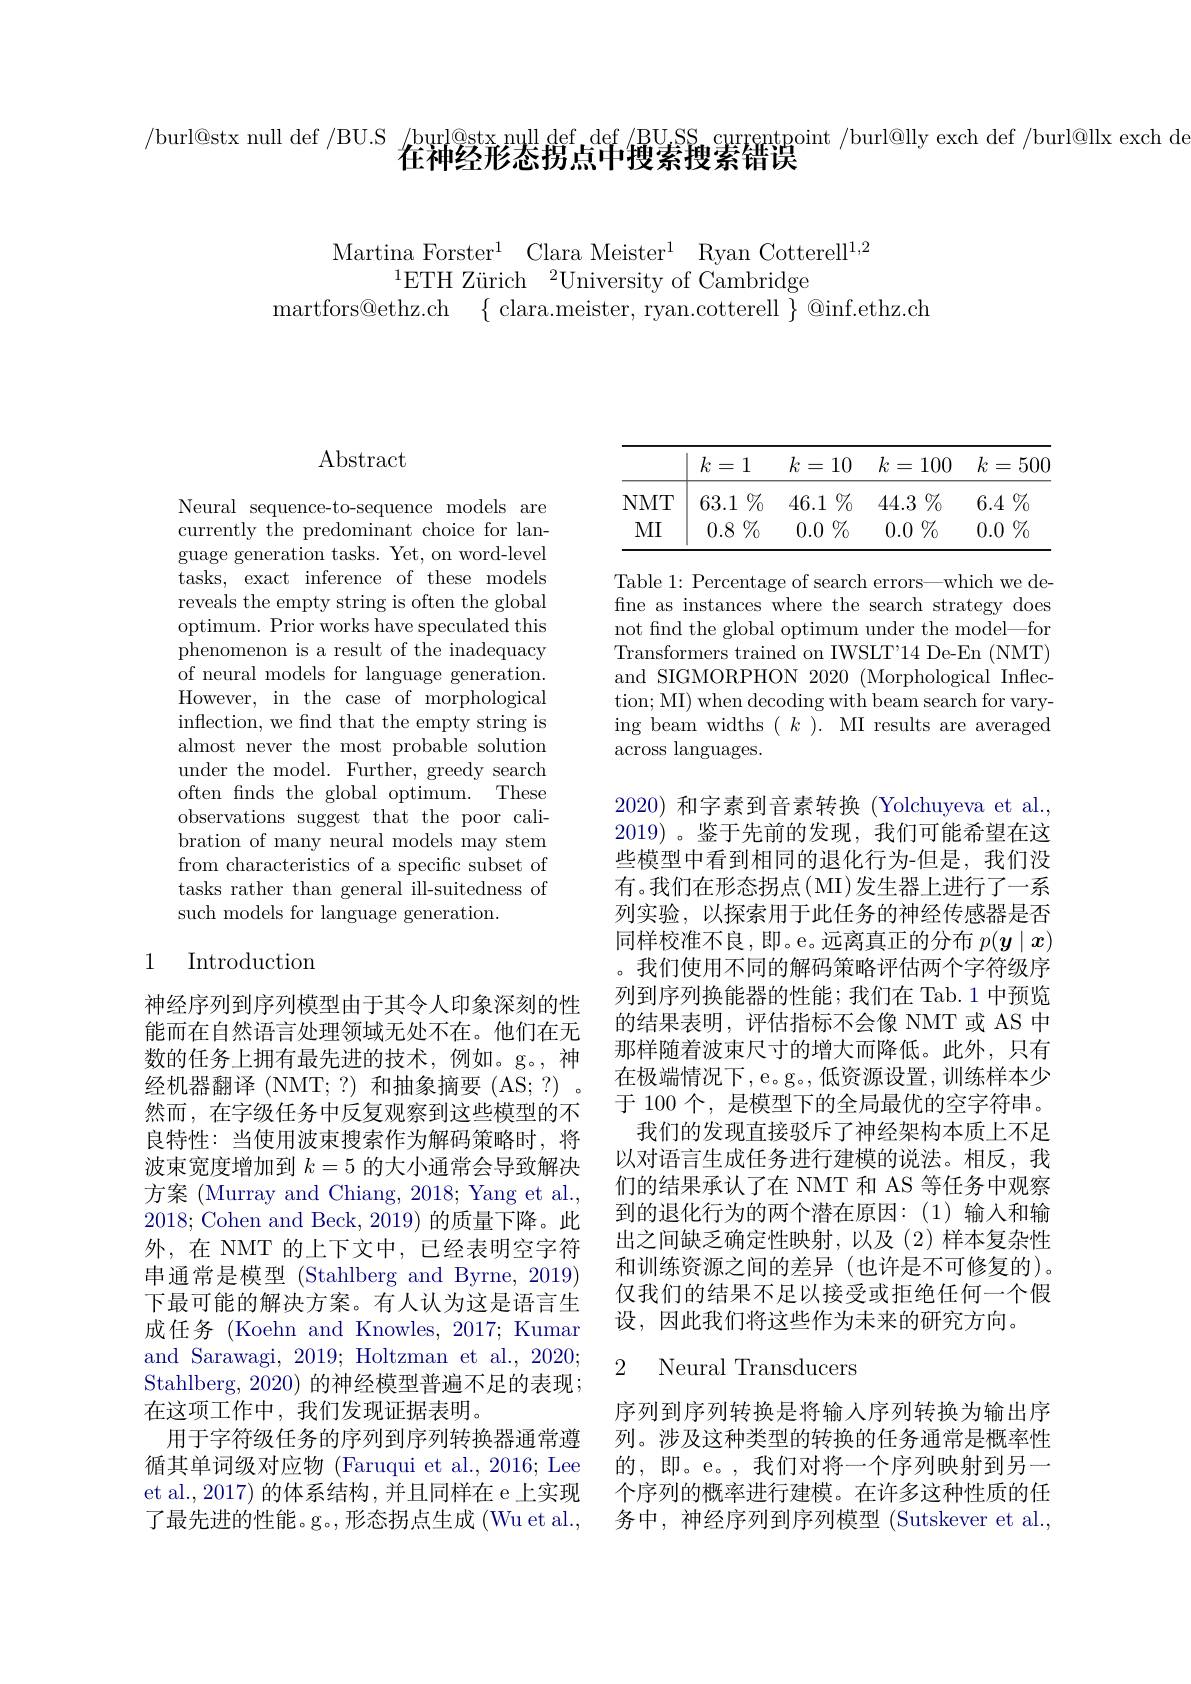
/burl@stx null def /BU.S /burl@stx null def def /BU,SS currentpoint /burl@lly exch def /burl@llx exch d
在神经形态拐点中搜索搜索错误

Martina Forster$^1$ Clara Meister$^1$ Ryan Cotterell$^1,2$
$^{1}$ETH Zürich$^2$University of Cambridge
martfors@ethz.ch $\{$clara.meister, ryan.cotterell$\}$@inf.ethz.ch

## $\operatorname{Abstract}$

Neural sequence-to-sequence models are currently the predominant choice for language generation tasks. Yet, on word-level tasks, exact inference of these models reveals the empty string is often the global optimum. Prior works have speculated this phenomenon is a result of the inadequacy of neural models for language generation. However, in the case of morphological inflection, we find that the empty string is almost never the most probable solution under the model. Further, greedy search often fnds the global optimum. These observations suggest that the poor calibration of many neural models may stem from characteristics of a specific subset of tasks rather than general ill-suitedness of such models for language generation.

## 1 Introduction

神经序列到序列模型由于其令人印象深刻的性能而在自然语言处理领域无处不在。他们在无数的任务上拥有最先进的技术，例如。g。,神经机器翻译 (NMT;?) 和抽象摘要 (AS;?). 然而，在字级任务中反复观察到这些模型的不良特性：当使用波束搜索作为解码策略时，将波束宽度增加到$k=5$的大小通常会导致解决方案 (Murray and Chiang, 2018; Yang et al., 2018; Cohen and Beck, 2019) 的质量下降。此外，在 NMT 的上下文中，已经表明空字符串通常是模型 (Stahlberg and Byrne, 2019) 下最可能的解决方案。有人认为这是语言生成任务 (Koehn and Knowles, 2017; Kumar and Sarawagi, 2019; Holtzman et al., 2020; Stahlberg, 2020) 的神经模型普遍不足的表现； 在这项工作中，我们发现证据表明。
用于字符级任务的序列到序列转换器通常遵循其单词级对应物 (Faruqui et al., 2016; Lee et al., 2017) 的体系结构，并且同样在 e 上实现了最先进的性能。g。,形态拐点生成(Wu et al.,

<table>
	<tbody>
		<tr>
			<th> </th>
			<th>$k$ $i=$ 1 - e</th>
			<th>$k=$ 10</th>
			<th>$k$ =</th>
			<th>100 =</th>
			<th>$k$</th>
			<th>500 二</th>
		</tr>
		<tr>
			<td>$NMT$</td>
			<td>$1\%$ 63.1 $\frac{1}{2}=\frac{1}{2}=\frac{1}{2}$ </td>
			<td>$46.1\%$</td>
			<td>44.3</td>
			<td>$\%_{0}$ 1.3</td>
			<td>6.4</td>
			<td>$\%$</td>
		</tr>
		<tr>
			<td>MI</td>
			<td>$0.8^{(}$ $\%_{0}$ </td>
			<td>$1\%$ 0.0 1 1 $\frac{1}{2}=\frac{1}{2}=\frac{1}{2}$</td>
			<td>0.0</td>
			<td>$\%$ .0</td>
			<td>0.0</td>
			<td>$\%_{0}$</td>
		</tr>
	</tbody>
</table>

Table 1: Percentage of search errors—which we defne as instances where the search strategy does not find the global optimum under the model—for Transformers trained on IWSLT'14 De-En (NMT) and SIGMORPHON 2020 (Morphological Inflection; MI) when decoding with beam search for varying beam widths $(k).$ MI results are averaged across languages.

2020)和字素到音素转换 (Yolchuyeva et al., 2019) 。鉴于先前的发现，我们可能希望在这些模型中看到相同的退化行为-但是，我们没有。我们在形态拐点(MI)发生器上进行了一系列实验，以探索用于此任务的神经传感器是否同样校准不良，即。e。远离真正的分布$p(\boldsymbol{y}\mid\boldsymbol{x})$ 。我们使用不同的解码策略评估两个字符级序列到序列换能器的性能；我们在 Tab.1 中预览的结果表明，评估指标不会像 NMT 或 AS 中那样随着波束尺寸的增大而降低。此外，只有在极端情况下，e。g。,低资源设置，训练样本少于 100 个，是模型下的全局最优的空字符串。
我们的发现直接驳斥了神经架构本质上不足以对语言生成任务进行建模的说法。相反，我们的结果承认了在 NMT 和 AS 等任务中观察到的退化行为的两个潜在原因：(1)输入和输出之间缺乏确定性映射，以及(2)样本复杂性和训练资源之间的差异(也许是不可修复的)。仅我们的结果不足以接受或拒绝任何一个假设，因此我们将这些作为未来的研究方向。

## 2 Neural Transducers

序列到序列转换是将输入序列转换为输出序列。涉及这种类型的转换的任务通常是概率性的，即。e。,我们对将一个序列映射到另一个序列的概率进行建模。在许多这种性质的任务中，神经序列到序列模型 (Sutskever et al.